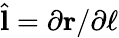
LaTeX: \hat{\textbf{l}}=\partial\textbf{r}/\partial\ell